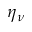
\eta _ { \nu }